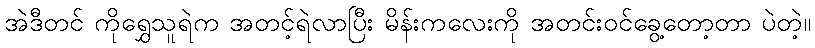
အဲဒီတင် ကိုရွှေသူရဲက အတင့်ရဲလာပြီး မိန်းကလေးကို အတင်းဝင်ခွေ့တော့တာ ပဲတဲ့။